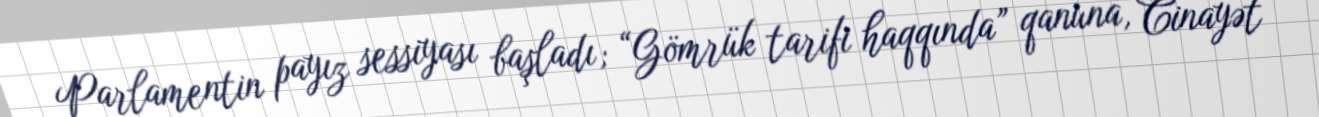
Parlamentin payız sessiyası başladı; “Gömrük tarifi haqqında” qanuna, Cinayət